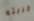
جربته